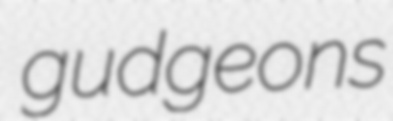
gudgeons